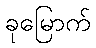
ခုမြောက်